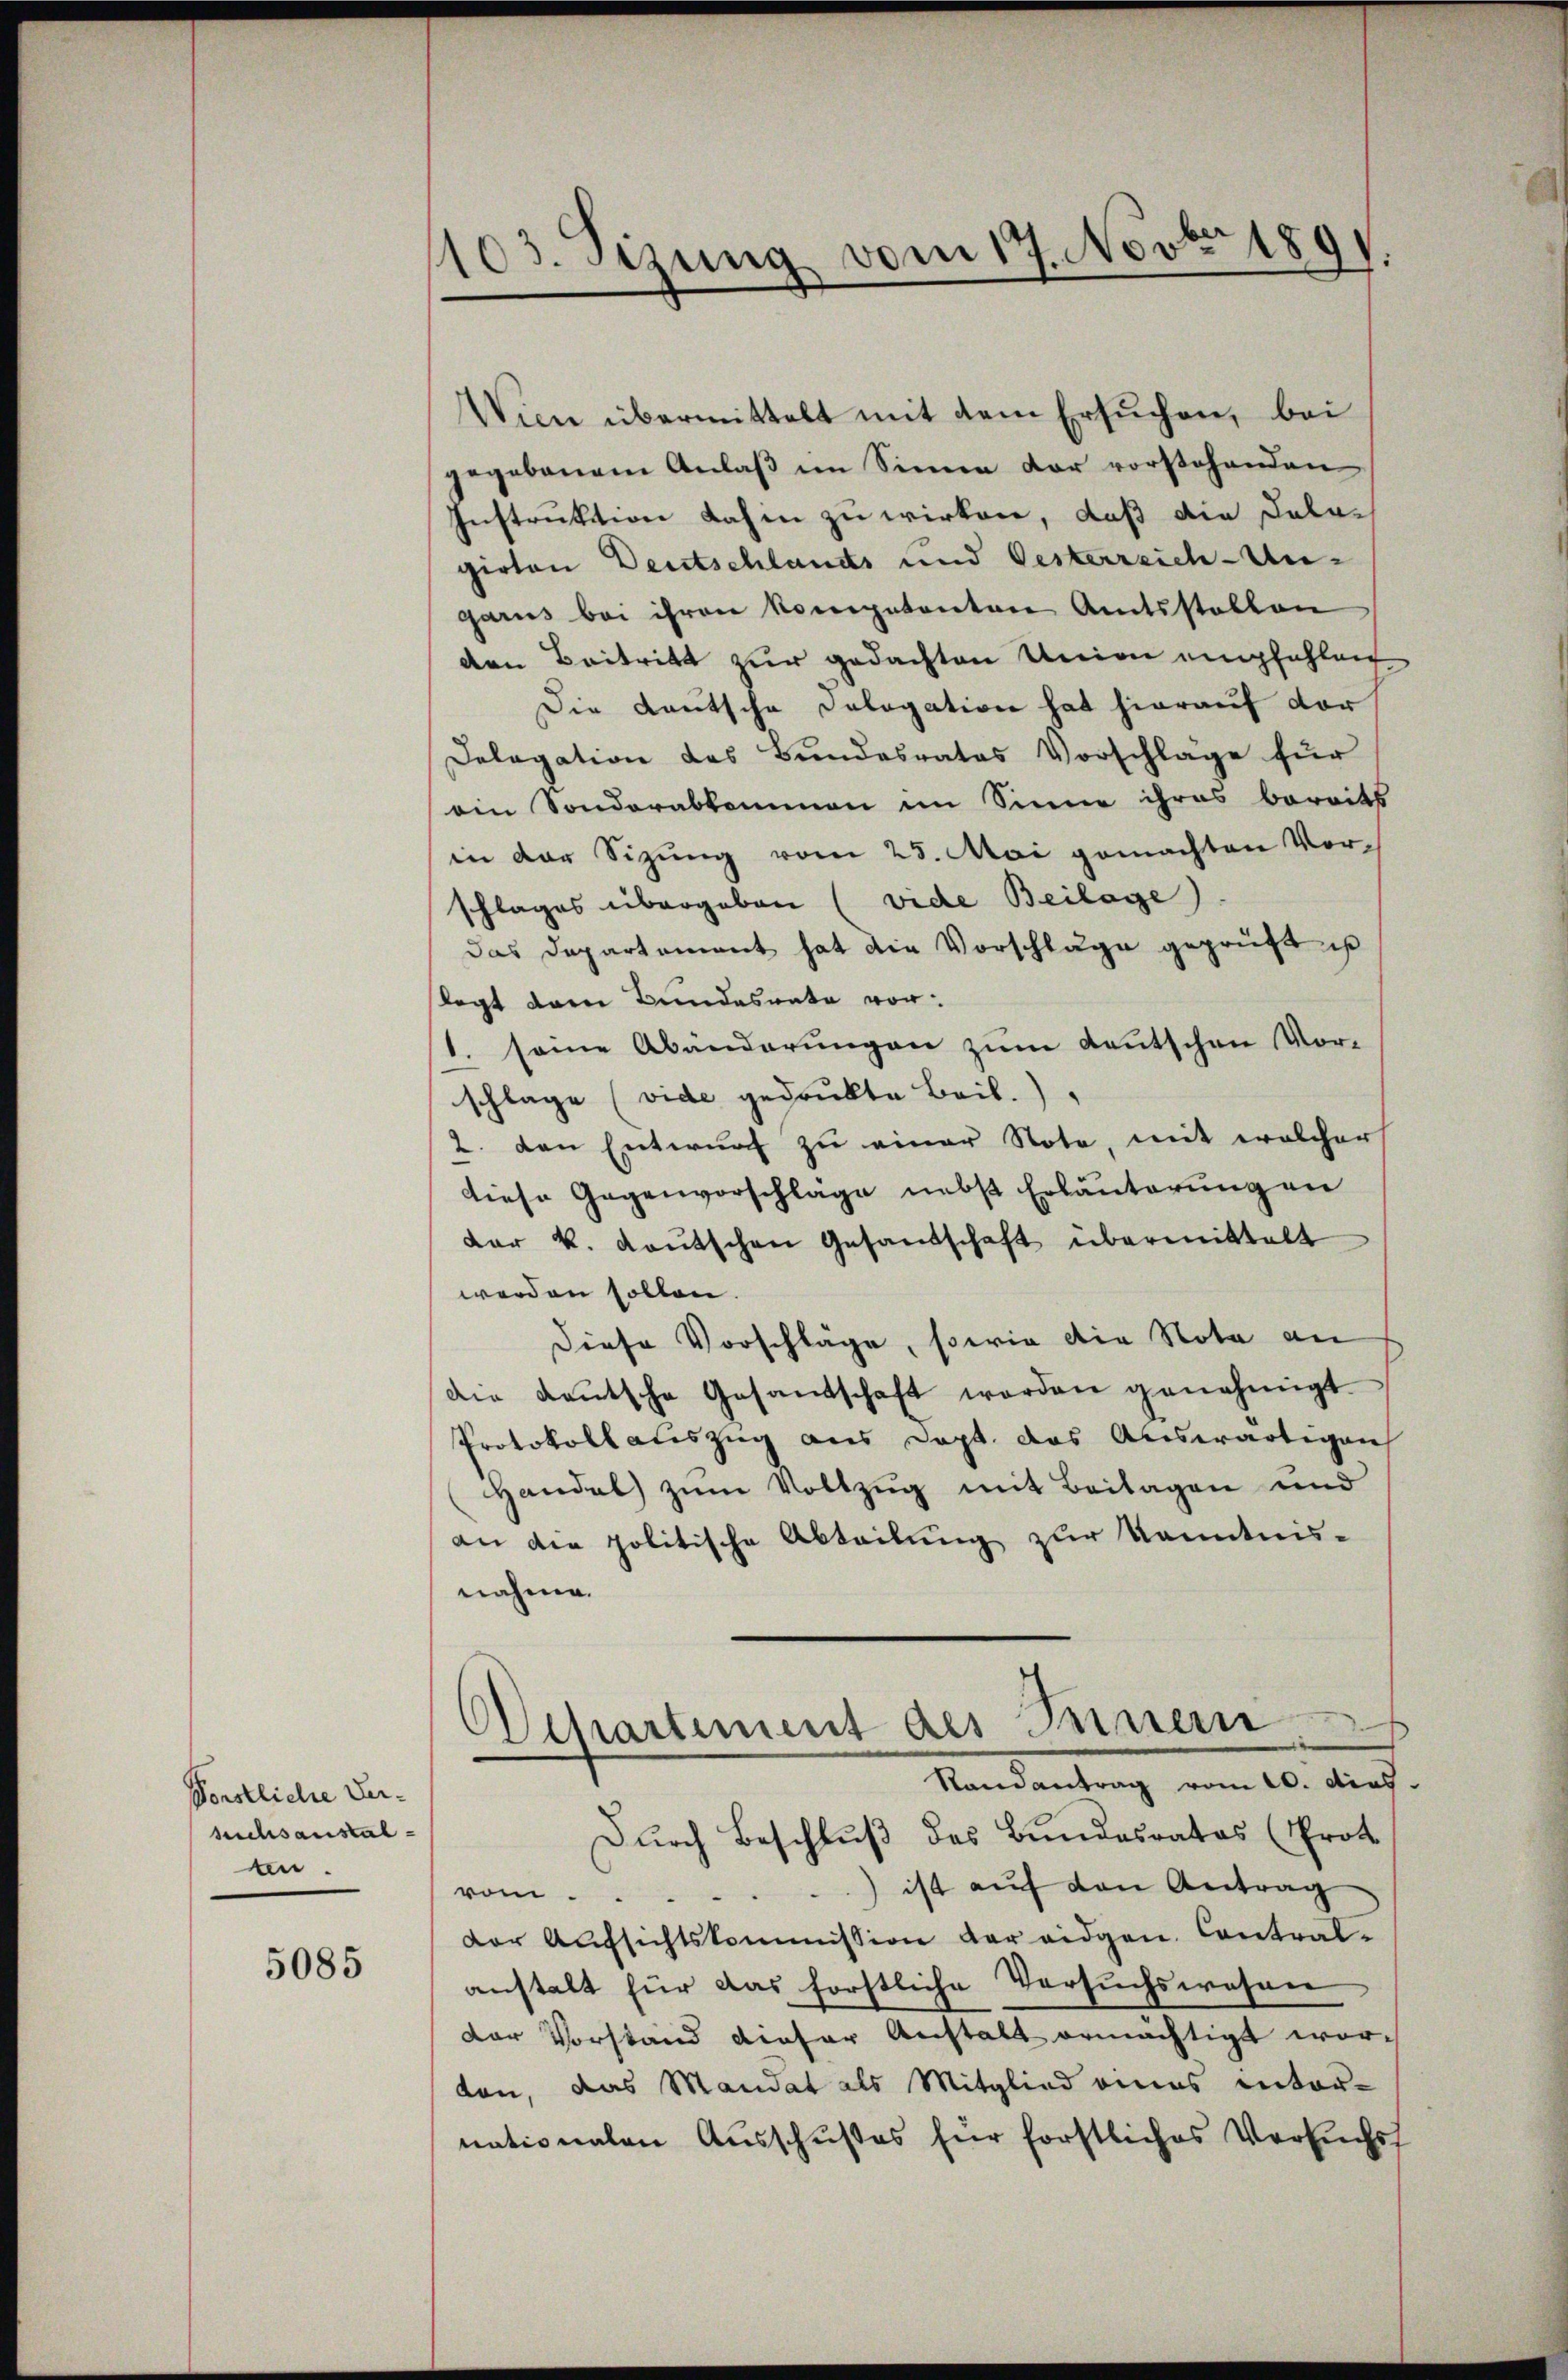
Forstliche Ver-
suchsanstal
en.

5085

103. Setzung vom 17. Novbr 1891.

Wien übermittelt mit dem Ersuchen, bei
gegebenem Anlaβ im Sinne der vorstehenden
Instruktion dahin zu wirken, daß die Salagirten Deutschlands und Oesterreich-Ungarus bei ihren kompetenten Amtsstellen
den Beitritt zur gedachten Union empfehlen
Die Lautsche Dologation hat hierauf der
Delegation des Bundesrates Vorschläge für
ein Sonderabkommen im Sinne ihres bereits
in der Sitzung vom 28. Mai gemachten Vor-
schlages übergeben (vide Beilage)
das Departement hat die Vorschläge geprüft ist
legt dem Bundesrate vor:
1. seine Abänderungen zum deutschen Vorschlage (vide gedruckte Beil.
2. den Entwurf zu einer Note, mit welcher
diese Gegenvorschläge nebst Erläuterung an
dar k. Kaŭtschen Gesandschaft übermittelt
werden sollen.
diese Vorschläge, sowie die Nota an
die Leŭtsche Gesandschaft worden genehmigt
Protokoll auszug aus Dopt. das Auswärtigen
Handel zum Vollzug mit Beilagen und
an die politische Abteilung zur Kenntnis-
nahme.
ODepartement des Innern
Randantrag vom 20. dies.
Durch Beschluß des Bundesrates (Prot
) ist auf den Antrag
vom..
der Aufsichtskommission der eidgen. Contral-
anstalt für das förstliche Versuchswesen
dor Vorstand dieser Anstalt ermächtigt wor-
don, das Mandat als Mitglied eines internationalen Ausschußes für forstliches Versuchst